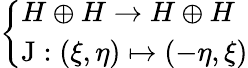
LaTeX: \left\{ \begin{array}{ll}{H\oplus H\to H\oplus H}\\ {\operatorname{J}:(\xi,\eta)\mapsto(-\eta,\xi)}\end{array}\right.